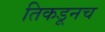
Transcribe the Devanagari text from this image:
तिकडूनच